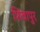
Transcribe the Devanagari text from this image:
शिवापुर